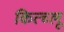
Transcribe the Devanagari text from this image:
कित्च्लू